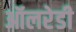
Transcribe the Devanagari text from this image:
ऑलरेडी